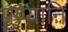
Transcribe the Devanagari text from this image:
पुण्यानि